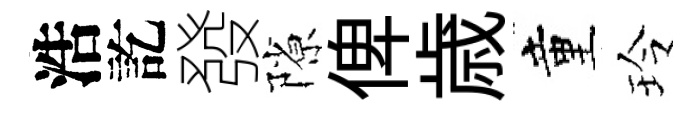
浩訖發隙俾歳童玲